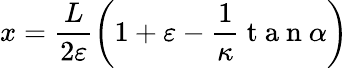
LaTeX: x=\frac{L}{2\varepsilon}\left({1+\varepsilon-\frac{1}{\kappa}\mathrm{~t~a~n~}\alpha}\right)